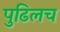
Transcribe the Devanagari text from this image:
पुढिलच